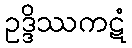
ဥဒ္ဒိဿကဋံ